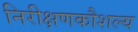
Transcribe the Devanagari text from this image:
निरीक्षणकौशल्य